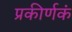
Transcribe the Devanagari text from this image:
प्रकीर्णकं